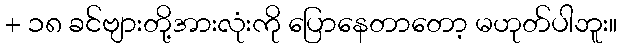
+ ၁၈ ခင်ဗျားတို့အားလုံးကို ပြောနေတာတော့ မဟုတ်ပါဘူး။